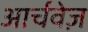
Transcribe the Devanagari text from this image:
आर्चवेज़